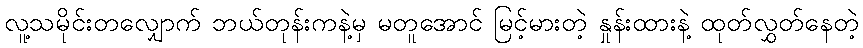
လူ့သမိုင်းတလျှောက် ဘယ်တုန်းကနဲ့မှ မတူအောင် မြင့်မားတဲ့ နှုန်းထားနဲ့ ထုတ်လွှတ်နေတဲ့